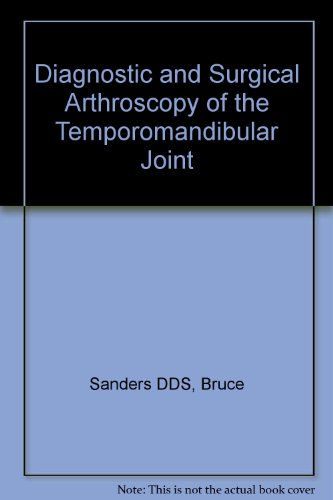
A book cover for Diagnostic and Surgical Arthroscopy of the Temporomandibular Joint; Bruce Sanders; Medical Books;